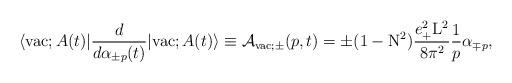
LaTeX: \begin{align*}\langle {\rm vac};A(t)|\frac{d}{d{\alpha}_{\pm p}(t)}|{\rm vac};A(t)\rangle\equiv {\cal A}_{{\rm vac};\pm}(p,t)= \pm (1-{\rm N}^2)\frac{e_{+}^2{\rm L}^2}{8{\pi}^2} \frac{1}{p} {\alpha}_{\mp p},\end{align*}